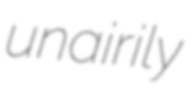
unairily